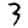
Digit: 3